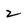
Character: 2